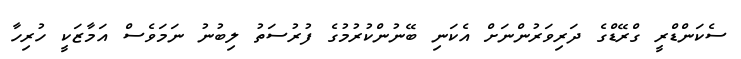
ސެކަންޑްރީ ގްރޭޑްގެ ދަރިވަރުންނަށް އެކަނި ބޭނުންކުރުމުގެ ފުރުސަތު ލިބުނު ނަމަވެސް އަމާޒަކީ ހުރިހާ